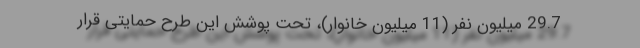
29.7 میلیون نفر (11 میلیون خانوار)، تحت پوشش این طرح حمایتی قرار